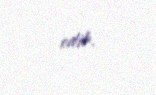
edib.